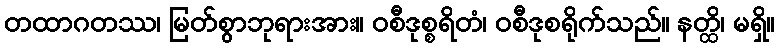
တထာဂတဿ၊ မြတ်စွာဘုရားအား။ ဝစီဒုစ္စရိတံ၊ ဝစီဒုစရိုက်သည်။ နတ္ထိ၊ မရှိ။